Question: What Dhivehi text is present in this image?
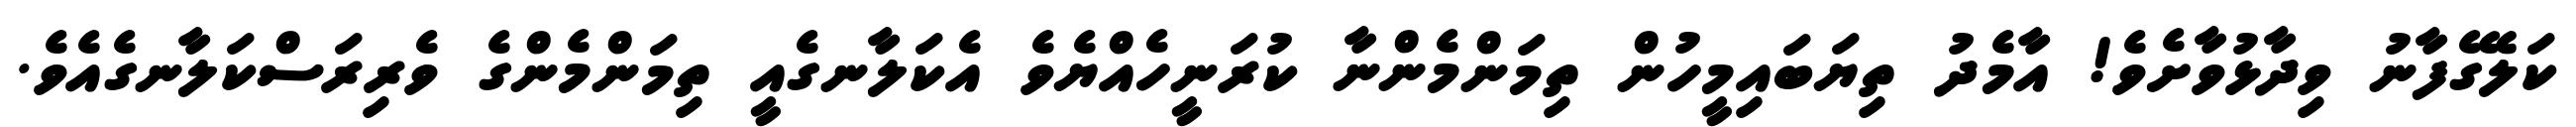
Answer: ކަލޭގެފާނު ވިދާޅުވާށެވެ! އާމެދު ތިޔަބައިމީހުން ތިމަންމެންނާ ކުރަނީހެއްޔެވެ އެކަލާނގެއީ ތިމަންމެންގެ ވެރިރަސްކަލާނގެއެވެ.